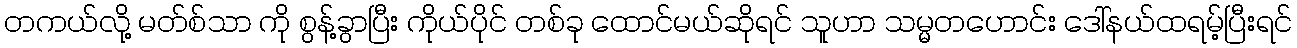
တကယ်လို့ မတ်စ်သာ ကို စွန့်ခွာပြီး ကိုယ်ပိုင် တစ်ခု ထောင်မယ်ဆိုရင် သူဟာ သမ္မတဟောင်း ဒေါ်နယ်ထရမ့်ပြီးရင်